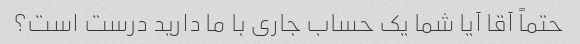
حتماً آقا آیا شما یک حساب جاری با ما دارید درست است؟